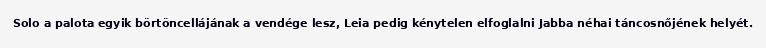
Solo a palota egyik börtöncellájának a vendége lesz, Leia pedig kénytelen elfoglalni Jabba néhai táncosnőjének helyét.